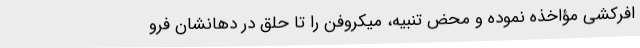
افرکشی مؤاخذه نموده و محض تنبیه، میکروفن را تا حلق در دهانشان فرو